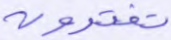
تفترون